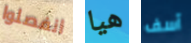
انفصلوا هيا آسف